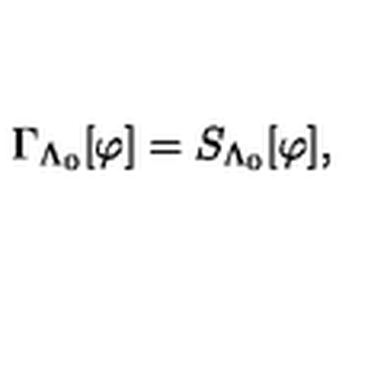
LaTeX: \Gamma _ { \Lambda _ { 0 } } [ \varphi ] = S _ { \Lambda _ { 0 } } [ \varphi ] ,